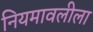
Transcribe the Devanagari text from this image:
नियमावलीला